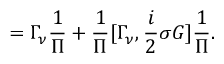
= \Gamma _ { \nu } \frac { 1 } { \Pi } + \frac { 1 } { \Pi } [ \Gamma _ { \nu } , { \frac { i } { 2 } } \sigma G ] \frac { 1 } { \Pi } .